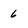
Character: 6